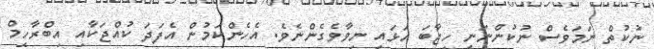
ނުކުތް ނަމަވެސް ނުކުންނަނީ ހިޖާބަ އަޅައި ނިވާވެގެންނެވެ. އެހެންކަމުން އެފަދަ ކުއްޖަކާއި އިބްރާހީމް